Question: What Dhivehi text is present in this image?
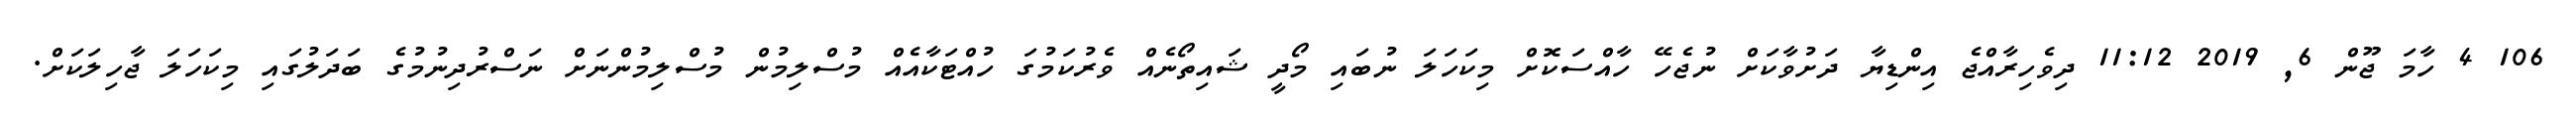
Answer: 106 4 ހާމަ ޖޫން 6, 2019 11:12 ދިވެހިރާއްޖެ އިންޑިޔާ ދަށުވާކަށް ނުޖެހޭ ހާއްސަކޮށް މިކަހަލަ ނުބައި މޯދީ ޝައިތޯނެއް ވެރުކަމުގަ ހުއްޓަކާއެއް މުސްލިމުން މުސްލިމުންނަށް ނަސްރުދިނުމުގެ ބަދަލުގައި މިކަހަލަ ޖާހިލަކަށް.